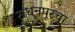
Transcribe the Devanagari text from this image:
राधनपूरचा